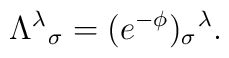
\Lambda ^{\lambda }\hspace{0.1 mm}_{\sigma }=(e^{-\phi })_{\sigma }\hspace{0.1 mm}^{\lambda }.